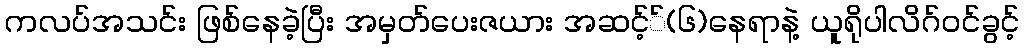
ကလပ်အသင်း ဖြစ်နေခဲ့ပြီး အမှတ်ပေးဇယား အဆင့််(၆)နေရာနဲ့ ယူရိုပါလိဂ်ဝင်ခွင့်